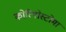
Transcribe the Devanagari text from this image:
कोरियोस्टोमा